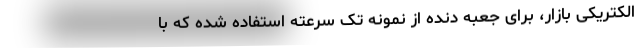
الکتریکی بازار، برای جعبه دنده از نمونه تک سرعته استفاده شده که با